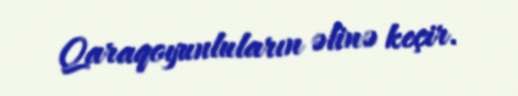
Qaraqoyunluların əlinə keçir.